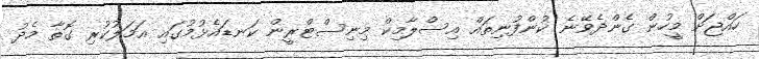
ހައްޖަށް މީހުން ގެންދެވޭނެ ކުންފުނިތައް އިސްލާމިކް މިނިސްޓްރީން ކަނޑައެޅުމުގައި އަމަލުކުރި ގޮތާ މެދު